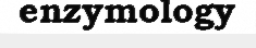
enzymology